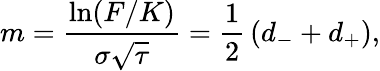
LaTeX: m={\frac{\ln(F/K)}{\sigma{\sqrt{\tau}}}}={\frac{1}{2}}\left(d_{-}+d_{+}\right),